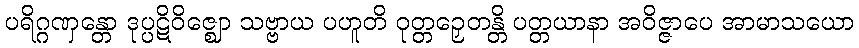
ပရိဂ္ဂဏှန္တော ဒုပ္ပဋိဝိဇ္ဈော သဗ္ဗာယ ပဟူတိ ဝုတ္တဉှေတန္တိ ပတ္တယာနာ အဝိဇ္ဇာပေ အာမာသယော